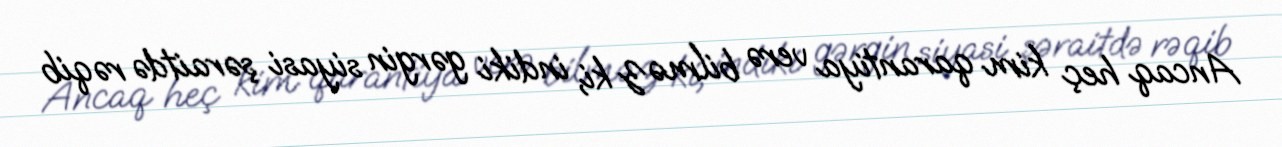
Ancaq heç kim qarantiya verə bilməz ki, indiki gərgin siyasi şəraitdə rəqib